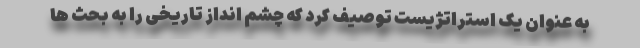
به عنوان یک استراتژیست توصیف کرد که چشم انداز تاریخی را به بحث ها